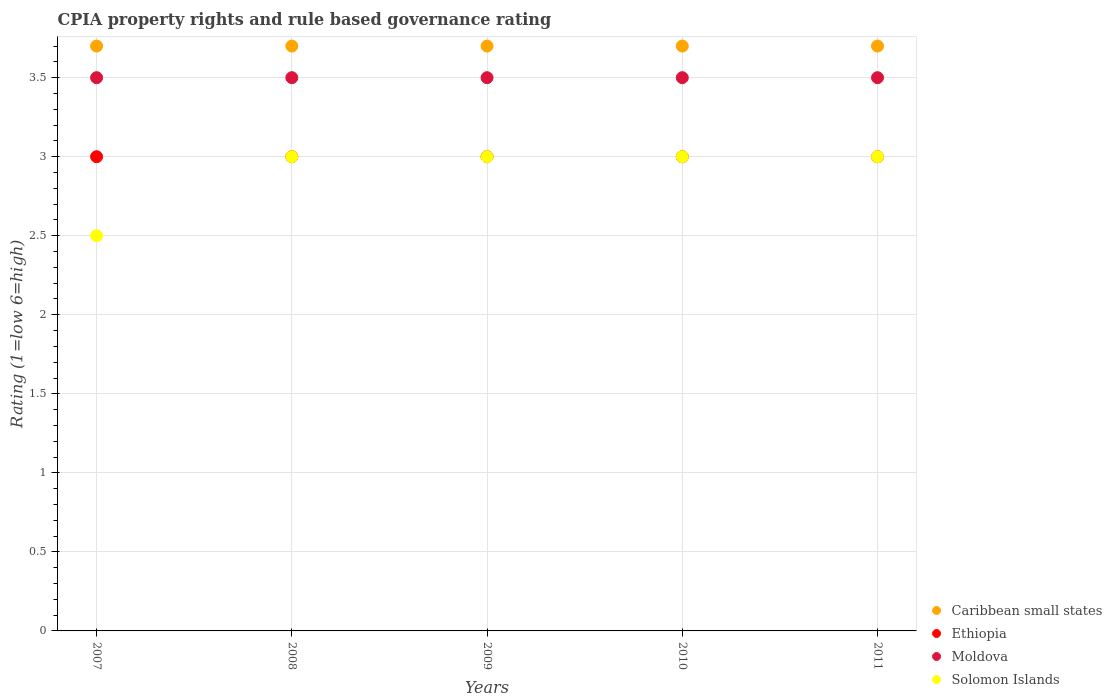
| Years | Caribbean small states | Ethiopia | Moldova | Solomon Islands |
 | --- | --- | --- | --- | --- |
 | 2007 | 3.7 | 3 | 3.5 | 2.5 |
 | 2008 | 3.7 | 3 | 3.5 | 3 |
 | 2009 | 3.7 | 3 | 3.5 | 3 |
 | 2010 | 3.7 | 3 | 3.5 | 3 |
 | 2011 | 3.7 | 3 | 3.5 | 3 |